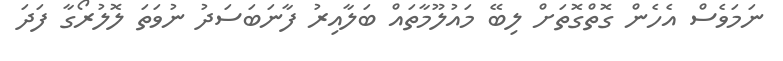
ނަމަވެސް އެހެން ގޮތްގޮތަށް ލިބޭ މައުލޫމާތައް ބަލާއިރު ފާނަބަސަދު ނުވަތަ ލޮލުރޯގާ ފަދަ